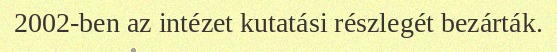
2002-ben az intézet kutatási részlegét bezárták.